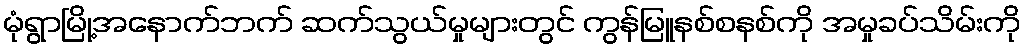
မုံရွာမြို့အနောက်ဘက် ဆက်သွယ်မှုများတွင် ကွန်မြူနစ်စနစ်ကို အမှုခပ်သိမ်းကို